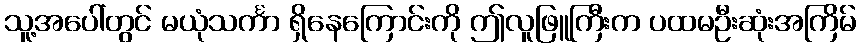
သူ့အပေါ်တွင် မယုံသင်္ကာ ရှိနေကြောင်းကို ဤလူဖြူကြီးက ပထမဦးဆုံးအကြိမ်